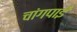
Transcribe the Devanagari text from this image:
चांगपाई